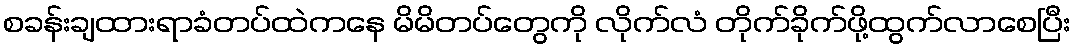
စခန်းချထားရာခံတပ်ထဲကနေ မိမိတပ်တွေကို လိုက်လံ တိုက်ခိုက်ဖို့ထွက်လာစေပြီး